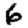
Digit: 6